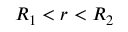
R _ { 1 } < r < R _ { 2 }